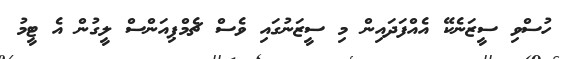
ހުސްވި ސީޒަނެކޭ އެއްފަދައިން މި ސީޒަނުގައި ވެސް ޗެމްޕިއަންސް ލީގުން އެ ޓީމު